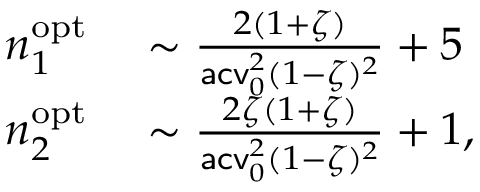
\begin{array} { r l } { n _ { 1 } ^ { \mathrm { o p t } } } & { { } \sim \frac { 2 ( 1 + \zeta ) } { \mathsf { a c v } _ { 0 } ^ { 2 } ( 1 - \zeta ) ^ { 2 } } + 5 } \\ { n _ { 2 } ^ { \mathrm { o p t } } } & { { } \sim \frac { 2 \zeta ( 1 + \zeta ) } { \mathsf { a c v } _ { 0 } ^ { 2 } ( 1 - \zeta ) ^ { 2 } } + 1 , } \end{array}